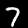
Digit: 7